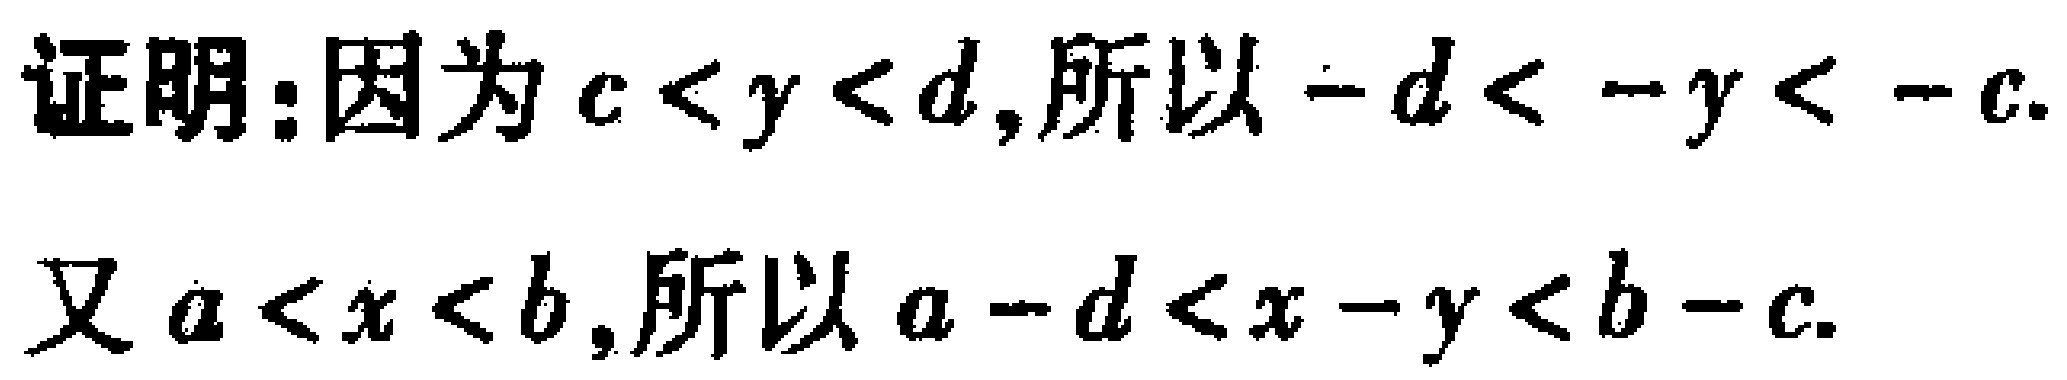
证明：因为\(c < y < d\)，所以\(-d < -y < -c\).

又\(a < x < b\)，所以\(a - d < x - y < b - c\).